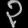
Digit: ၃